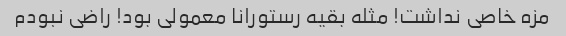
مزه خاصی نداشت! مثله بقیه رستورانا معمولی بود! راضی نبودم